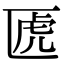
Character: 𠥶